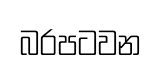
බරපටවන